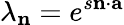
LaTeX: \lambda_{\mathbf{n}}=e^{s\mathbf{n}\cdot\mathbf{a}}